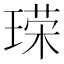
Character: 𪛞